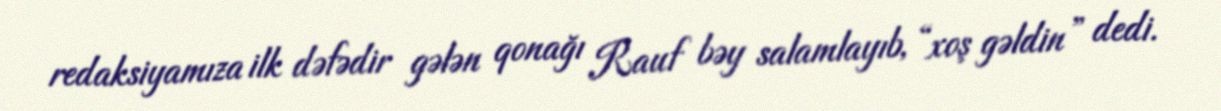
redaksiyamıza ilk dəfədir gələn qonağı Rauf bəy salamlayıb, “xoş gəldin” dedi.